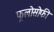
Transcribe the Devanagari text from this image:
फूलोसोफी